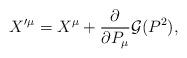
LaTeX: \begin{align*}X^{\prime\mu} = X^{\mu} + {\frac{\partial}{\partial P_{\mu}}} {\cal G}(P^2),\end{align*}